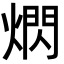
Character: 熌